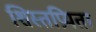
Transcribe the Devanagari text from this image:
शिस्तप्रियता